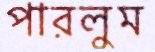
পারলুম